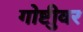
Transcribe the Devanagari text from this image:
गोष्टीुवर